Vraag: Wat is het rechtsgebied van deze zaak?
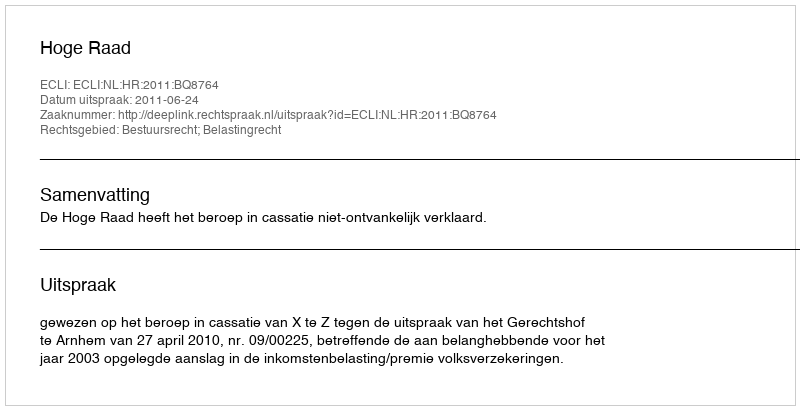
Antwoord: Bestuursrecht; Belastingrecht